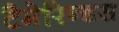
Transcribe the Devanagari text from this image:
टैमेरिन्डस